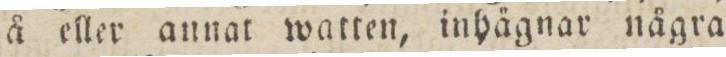
å eller annat watten, inhägnar några